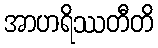
အာဟရိဿတီတိ